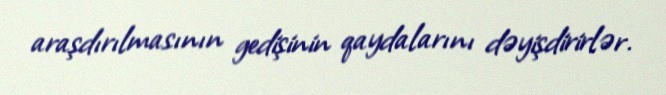
araşdırılmasının gedişinin qaydalarını dəyişdirirlər.